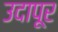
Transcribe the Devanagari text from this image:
उदापूर